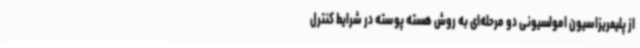
از پلیمریزاسیون امولسیونی دو مرحله‌ای به روش هسته پوسته در شرایط کنترل